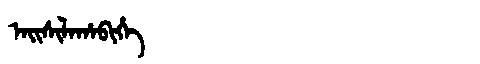
Manchu: ᠠᡳᠰᡳᠯᠠᡥᠠᠪᡳᡥᡝ
Romanization: AISILAHABIHE